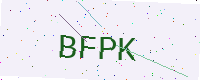
Text: BFPK